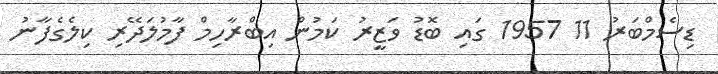
ޑިސެމްބަރު 11 1957 ގައި ބޮޑު ވަޒީރު ކަމުން އިބްރާހިމް ފާމުލަދޭރި ކިލެގެފާނު